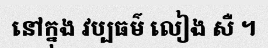
នៅក្នុង វប្បធម៌ លៀង សឺ ។